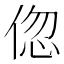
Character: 𬾠